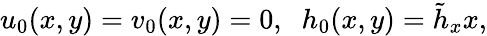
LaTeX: u_{0}(x,y)=v_{0}(x,y)=0,\; \; h_{0}(x,y)=\tilde{h}_{x}x,